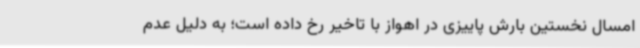
امسال نخستین بارش پاییزی در اهواز با تاخیر رخ داده است؛ به دلیل عدم